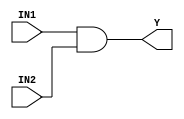
module arriaiigz_and2 (
                IN1,
                IN2,
                Y
               );
input IN1;
input IN2;
output Y;
    specify
        (IN1 => Y) = (0, 0);
        (IN2 => Y) = (0, 0);
    endspecify
and (Y, IN1, IN2);
endmodule